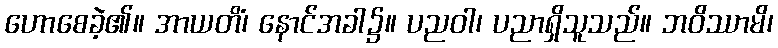
ဟောစေခဲ့၏။ အာယတိံ၊ နောင်အခါ၌။ ပညဝါ၊ ပညာရှိသူသည်။ ဘဝိဿာမိ၊